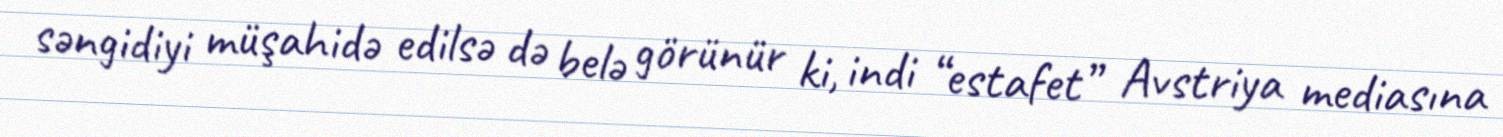
səngidiyi müşahidə edilsə də belə görünür ki, indi “estafet” Avstriya mediasına